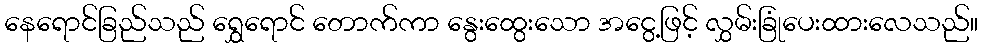
နေရောင်ခြည်သည် ရွှေရောင် တောက်ကာ နွေးထွေးသော အငွေ့ဖြင့် လွှမ်းခြုံပေးထားလေသည်။